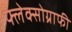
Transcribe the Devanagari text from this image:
फ्लेक्सोग्राफी